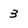
Character: 3